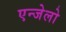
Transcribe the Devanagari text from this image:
एन्जेलो